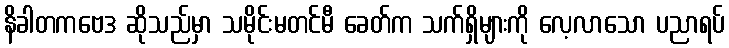
နိခါတကဗေဒ ဆိုသည်မှာ သမိုင်းမတင်မီ ခေတ်က သက်ရှိများကို လေ့လာသော ပညာရပ်